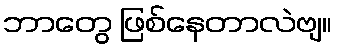
ဘာတွေ ဖြစ်နေတာလဲဗျ။